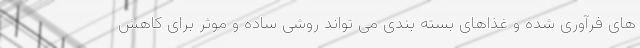
های فرآوری شده و غذاهای بسته بندی می تواند روشی ساده و موثر برای کاهش